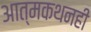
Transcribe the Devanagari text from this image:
आत्मकथनही